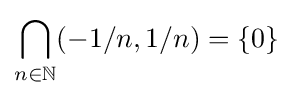
\bigcap _{n\in \mathbb {N} }(-1/n,1/n)=\{0\}